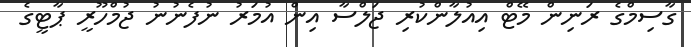
ގާސިމްގެ ރަނިން މޭޓް އިއުލާންކުރި ޖަލްސާ އިން އުމަރު ނުފެނުނު ޖުމްހޫރީ ޕާޓީގެ